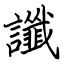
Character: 讖